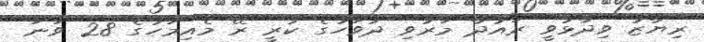
ރިޔާޒު ވިދާޅުވީ ރައުދާ މަރުވި ދުވަހުގެ ކުރީ ރޭ މެއިމަހުގެ 28 ވަނަ